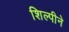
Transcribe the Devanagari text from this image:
शिल्पीने